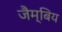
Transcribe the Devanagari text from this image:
जैम्बिय